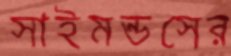
সাইমন্ডসের